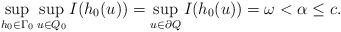
LaTeX: \begin{align*}\sup_{h_0\in\Gamma_0}\sup_{u\in Q_0}I(h_0(u)) = \sup_{u\in \partial Q}I(h_0(u)) = \omega < \alpha \leq c.\end{align*}